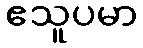
ဧသူပမာ